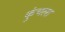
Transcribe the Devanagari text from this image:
कुंचला